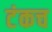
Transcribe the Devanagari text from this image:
टंकच